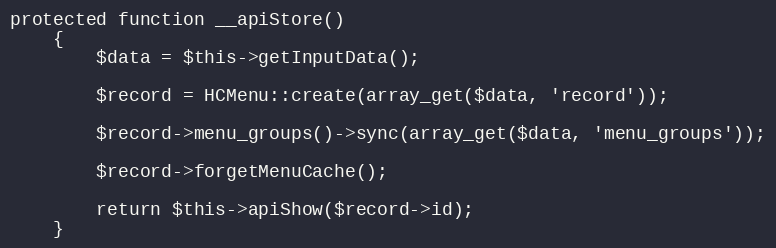
Language: PHP
protected function __apiStore()
    {
        $data = $this->getInputData();

        $record = HCMenu::create(array_get($data, 'record'));

        $record->menu_groups()->sync(array_get($data, 'menu_groups'));

        $record->forgetMenuCache();

        return $this->apiShow($record->id);
    }